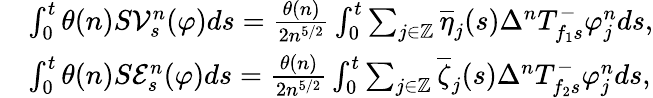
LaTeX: \begin{array}{rl}&{\int_{0}^{t}\theta(n)S\mathcal{V}_{s}^{n}(\varphi)ds=\frac{\theta(n)}{2n^{5/2}}\int_{0}^{t}\sum_{j\in\mathbb{Z}}\overline{\eta}_{j}(s)\Delta^{n}T_{f_{1}s}^{-}\varphi_{j}^{n}ds,}\\ &{\int_{0}^{t}\theta(n)S\mathcal{E}_{s}^{n}(\varphi)ds=\frac{\theta(n)}{2n^{5/2}}\int_{0}^{t}\sum_{j\in\mathbb{Z}}\overline{{\zeta}}_{j}(s)\Delta^{n}T_{f_{2}s}^{-}\varphi_{j}^{n}ds,}\end{array}